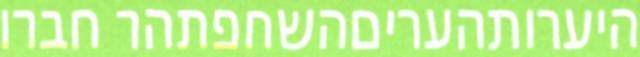
היערותהעריםהשחפתהר חברו